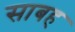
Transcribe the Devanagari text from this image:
साबह